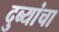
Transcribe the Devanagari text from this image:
दुब्यांचा